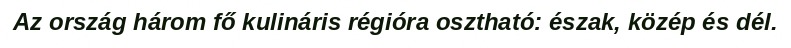
Az ország három fő kulináris régióra osztható: észak, közép és dél.